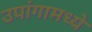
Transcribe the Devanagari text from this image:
उपांगामध्ये